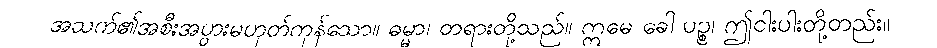
အသက်၏အစီးအပွားမဟုတ်ကုန်သော။ ဓမ္မာ၊ တရားတို့သည်။ ဣမေ ခေါ ပဉ္စ၊ ဤငါးပါးတို့တည်း။